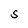
Character: S